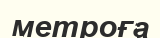
метроға